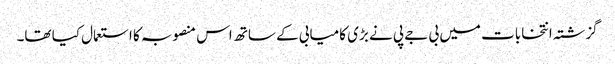
گزشتہ انتخابات میں بی جے پی نے بڑی کامیابی کے ساتھ اس منصوبہ کا استعمال کیا تھا۔